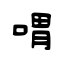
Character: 喟